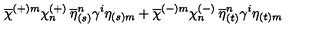
\overline { { \chi } } ^ { ( + ) m } \chi _ { n } ^ { ( + ) } \: \overline { { \eta } } _ { ( s ) } ^ { n } \gamma ^ { i } \eta _ { ( s ) m } + \overline { { \chi } } ^ { ( - ) m } \chi _ { n } ^ { ( - ) } \: \overline { { \eta } } _ { ( t ) } ^ { n } \gamma ^ { i } \eta _ { ( t ) m }